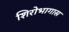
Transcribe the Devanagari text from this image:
शिरोभागास